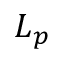
L _ { p }